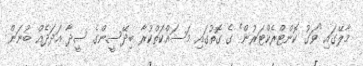
މާލޭގައި "ވަގު ކޮންޓްރެކްޓަރުން" ގެ ގޮތުގައި މަސައްކަތްކުރާ ބިދޭސީންގެ ސީދާ އަދަދެއް ބުނަން